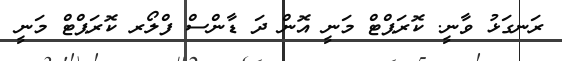
ރަނގަޅު ވާނީ. ކޮރަޕްޓް މަނީ އޮން ދަ ޑާންސް ފްލޯރ ކޮރަޕްޓް މަނީ